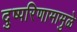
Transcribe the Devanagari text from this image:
दुष्परिणामामुळे